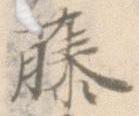
藤